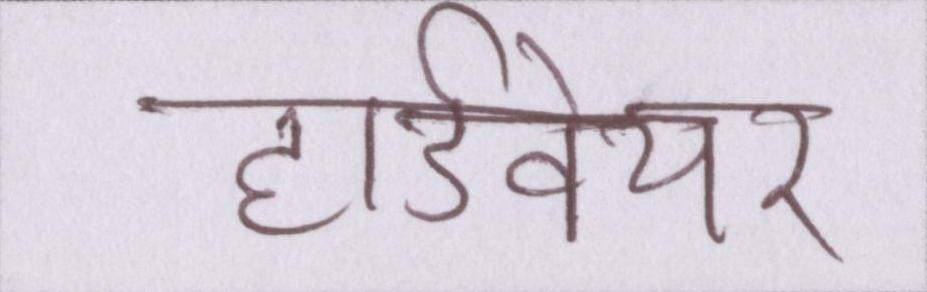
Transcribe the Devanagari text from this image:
हार्डवेयर